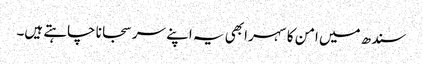
سندھ میں امن کا سہرا بھی یہ اپنے سر سجانا چاہتے ہیں۔